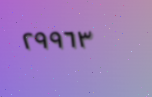
٢٩٩٦٣